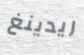
ريدينغ